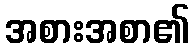
အစားအစာ၏